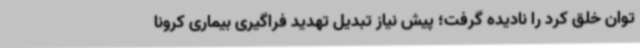
توان خلق کرد را نادیده گرفت؛ پیش نیاز تبدیل تهدید فراگیری بیماری کرونا